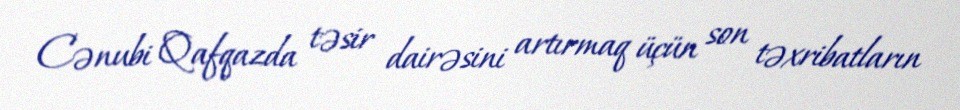
Cənubi Qafqazda təsir dairəsini artırmaq üçün son təxribatların